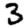
Digit: 3